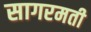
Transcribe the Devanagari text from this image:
सागरमती